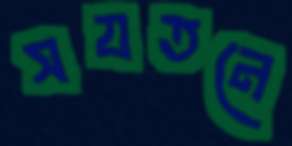
সযতনে